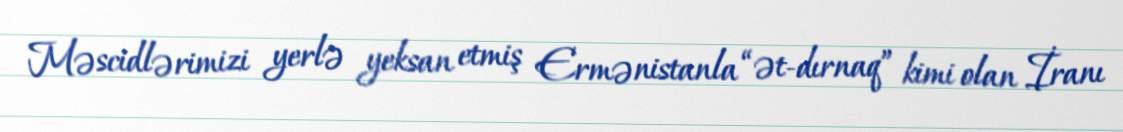
Məscidlərimizi yerlə yeksan etmiş Ermənistanla “ət-dırnaq” kimi olan İranı